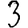
Digit: 3